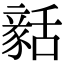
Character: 𧱳